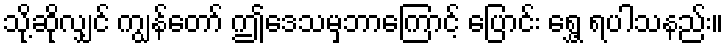
သို့ဆိုလျှင် ကျွန်တော် ဤဒေသမှဘာကြောင့် ပြောင်း ရွှေ့ ရပါသနည်း။